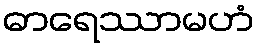
ဓာရေဿာမဟံ